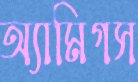
অ্যামিগস